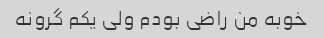
خوبه من راضی بودم ولی یکم گرونه